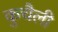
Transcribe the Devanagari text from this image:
कुचैली